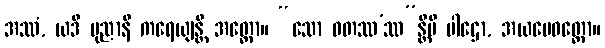
အဿံ, ယဒိ ပုညာနိ ကရေယျန္တိ အတ္ထော။ “သော ဝတဿ’ဿ”န္တိပိ ပါဌော, အယမေဝတ္ထော။